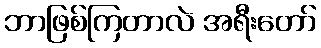
ဘာဖြစ်ကြတာလဲ အရီးတော်